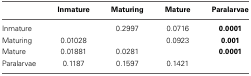
|  | Inmature | Maturing | Mature | Paralarvae |
 | --- | --- | --- | --- | --- |
 | Inmature |  | 0.2997 | 0.0716 | 0.0001 |
 | Maturing | 0.01028 |  | 0.0923 | 0.001 |
 | Mature | 0.01881 | 0.0281 |  | 0.0001 |
 | Paralarvae | 0.1187 | 0.1597 | 0.1421 |  |